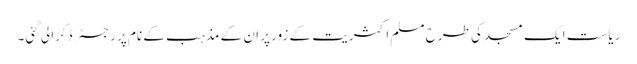
ریاست ایک مسجد کی طرح مسلم اکثریت کے زور پر ان کے مذہب کے نام پر رجسٹر ڈکرا لی گئی۔